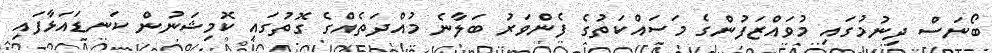
ބޯނަސް ދިނުމުގައި މުވައްޒަފުންގެ މަސައްކަތުގެ ފެންވަރު ބަލާނެ މުއްދަތެއްގެ ގޮތުގައި ކޮމިޝަނުން ކަނޑައަޅާފައި